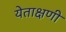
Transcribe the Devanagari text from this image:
येताक्षणी